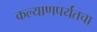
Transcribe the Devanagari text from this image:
कल्याणपर्यंतचा